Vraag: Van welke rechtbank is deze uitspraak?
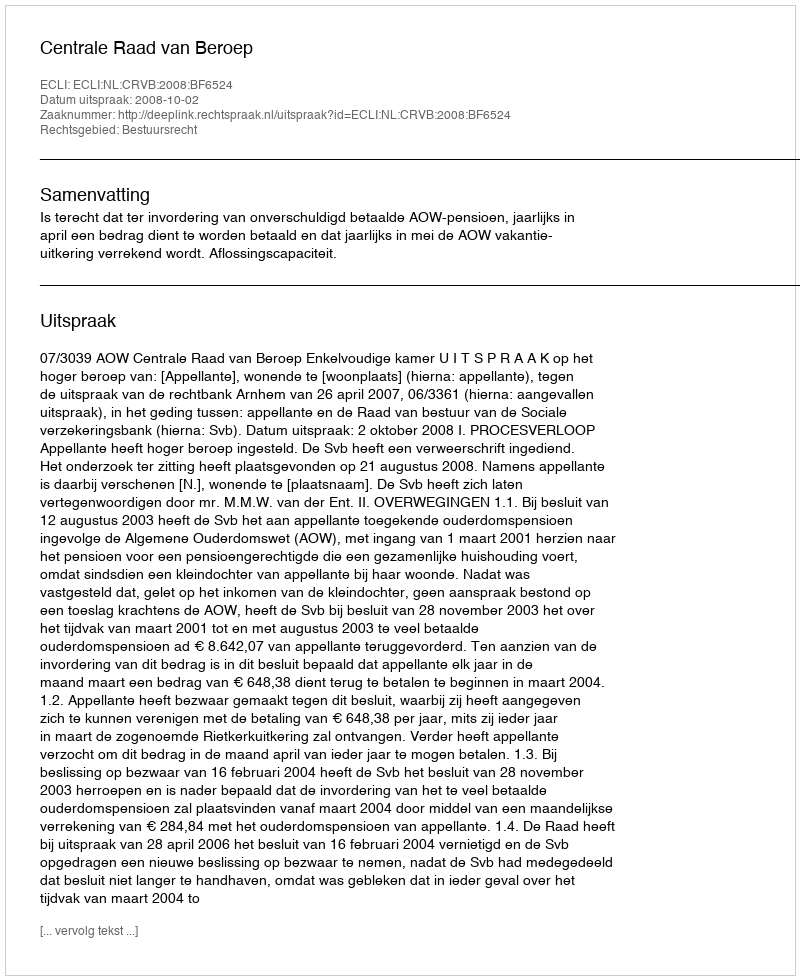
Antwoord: Centrale Raad van Beroep